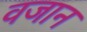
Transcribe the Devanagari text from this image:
वजान